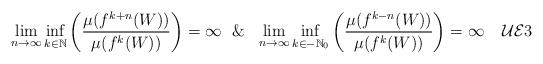
LaTeX: \begin{align*} \lim_{n \rightarrow \infty} \inf _{k \in {\mathbb N}} \left (\frac{\mu(f^{k+n}(W))}{\mu(f^{k}(W))}\right ) = \infty \ \ \& \ \ \lim_{n \rightarrow \infty} \inf_{k \in -{\mathbb N}_0} \left (\frac{\mu(f^{k-n}(W))}{\mu(f^{k}(W))}\right ) = \infty \tag*{$\mathcal{UE}3$}\end{align*}